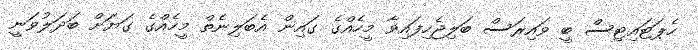
ހެޕަޓައިޓިސް ބީ ވައިރަސް ބަލިޖެހިފައިވާ މީހެއްގެ ގައިން އެބަލިނެތް މީހެއްގެ ގަޔަށް ބަދަލުވަނީ